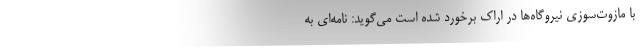
با مازوت‌سوزی نیروگاه‌ها در اراک برخورد شده است می‌گوید: نامه‌ای به